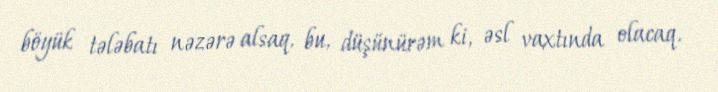
böyük tələbatı nəzərə alsaq, bu, düşünürəm ki, əsl vaxtında olacaq.